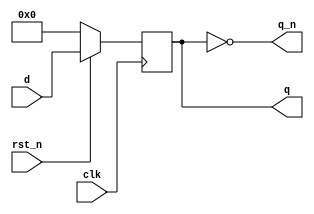
module dff #( parameter WIDTH=4 ) (
  input clk, rst_n,
  input [WIDTH-1:0] d,
  output reg [WIDTH-1:0] q,
  output [WIDTH-1:0] q_n
);

  always @( posedge clk )
    if( !rst_n )
      q <= 0;
    else
      q <= d;

  assign q_n = ~q;

endmodule